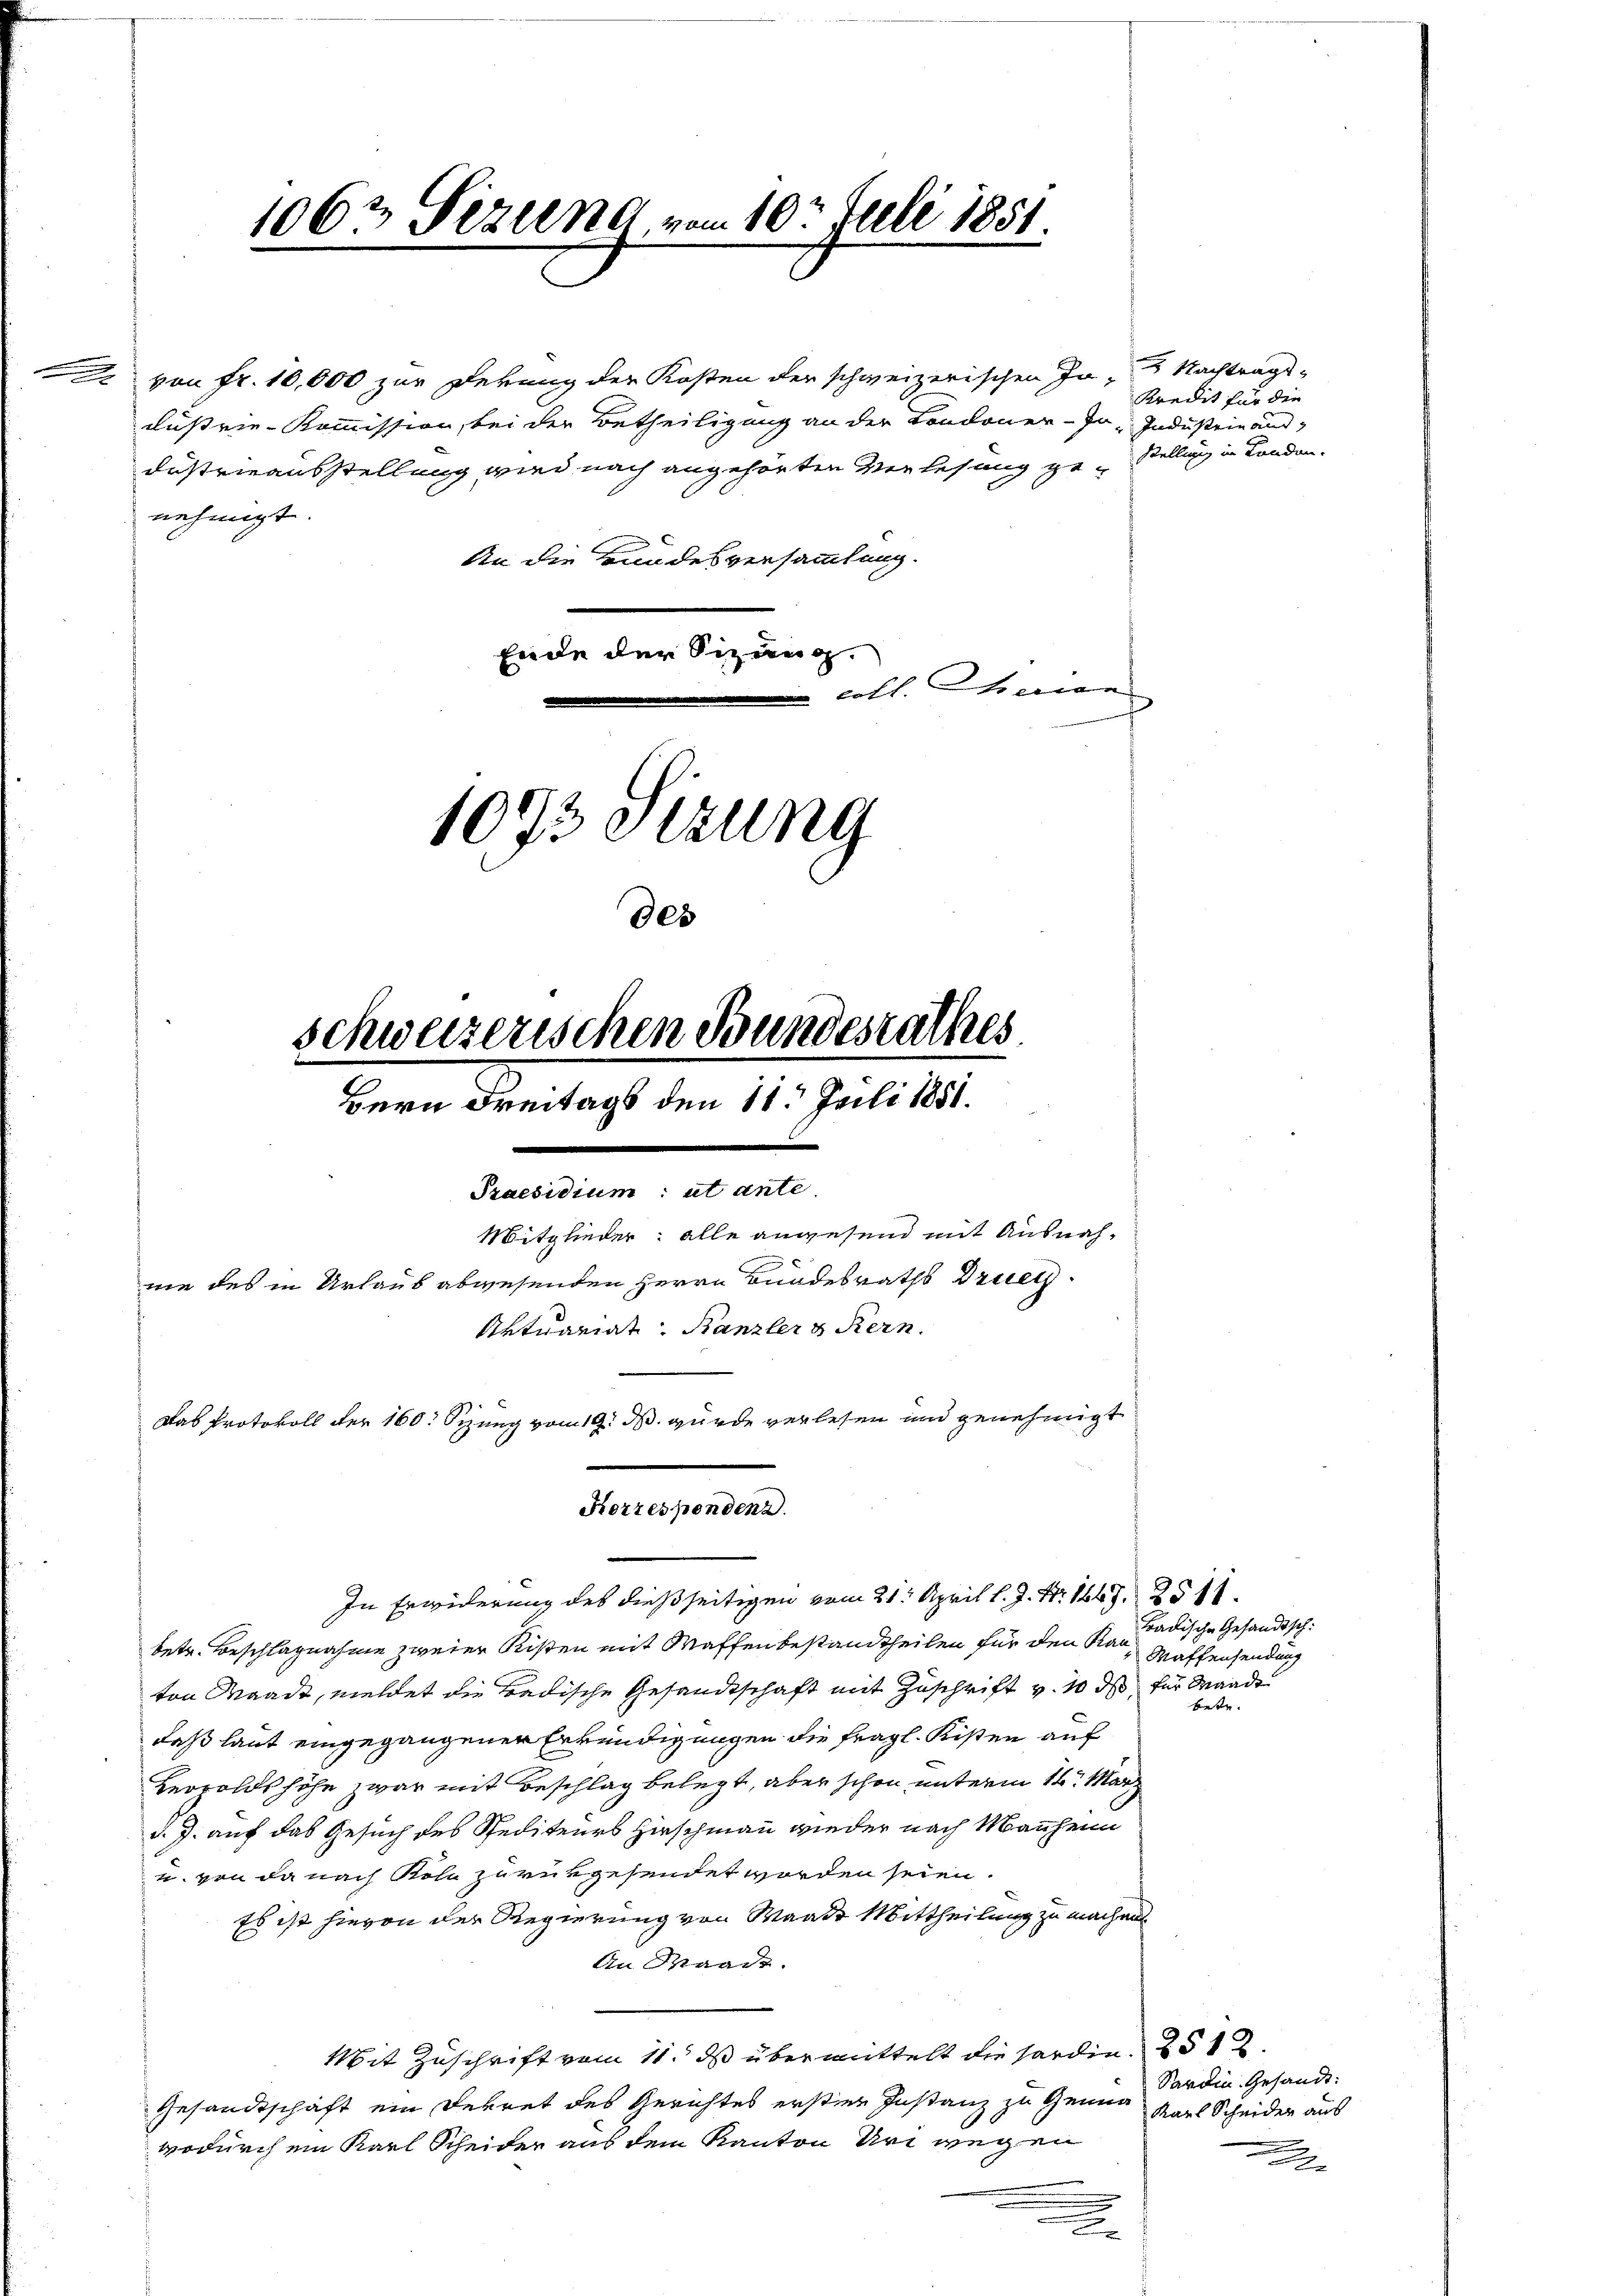
.

von Fr. 10,000 zur Dekung der Kosten der schweizerischen In- Nachtrags-
dustrie-Kommission, bei der Betheiligung an der Londoner-Jo-Industrie und
dustrieausstellung wird nach angehörten Verlesung genehmigt.
An die Bundesversammlung.
Ende der Sizang.
coll. Eheman

1062 Sizung, vom 10t Juli 1851

1073 Stzung
des
schweizerischen Bundesrathes
Bern Freitags den 11. Juli 1851.
e
Praesidium ut ante-
Mitglieder: alle anwesend mit Ausnahnie des in Urlaub abwesenden Herrn Bundesraths Druech¬
Aktuariat. Kanzler & Kern.
Das Protokoll der 160. Sizung vom 19. ds. wurde verlesen und genehmigt

Aermeister
In Erwiderung des dießseitigen vom 21. April l. J. Nr. 1663. 2511.

betr. Beschlagnahme zweier Rißen mit Waffenbestandtheilen für den Kan Waffensendung
ton Waadt, meldet die Badische Gesandtschaft mit Zuschrift v. 10 ds für Mande
daß laut eingegangener Erkundigungen die fragl. Kisten auf
Herolds höhe zwar mit Beschlag belegt, aber schon unterm 14. März
d. J. auf das Gesuch des Spediteurs Hirschmann wieder nach Mannheim
u. von da nach Köln zurükgesendet worden seien.
Es ist hievon der Regierung von Waadt Mittheilung zu machen
An Waadt.
Mit Zuschrift vom 11. ds übermittelt die Sardin. 2512.
Gesandtschaft ein Dekret des Gerichtes erstine Instanz zu Gener Karl Scheider aus
wodurch ein Karl Scheider aus dem Kanton Uri wegen
i
.

Kredit für die
stellung in Landen.

Badische Gesandtsch
betr.

Sardin. Gesandt:

.